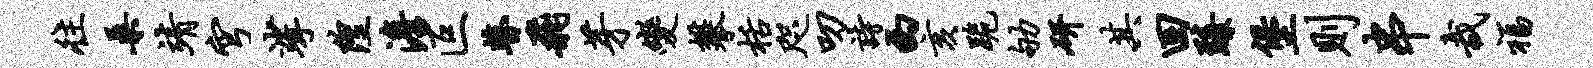
往桑靖穹挲隍澹叵瞽飞芽变攀栝咫叨诗西亥跪劬研其回臻堡则串哉福